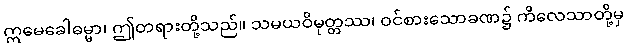
ဣမေခေါဓမ္မာ၊ ဤတရားတို့သည်။ သမယဝိမုတ္တဿ၊ ဝင်စားသောခဏ၌ ကိလေသာတို့မှ